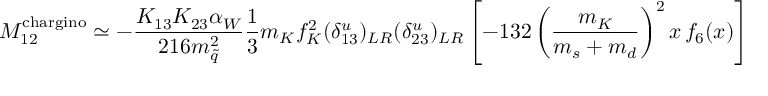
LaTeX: M _ { 1 2 } ^ { \mathrm { c h a r g i n o } } \simeq - \frac { K _ { 1 3 } K _ { 2 3 } \alpha _ { W } } { 2 1 6 m _ { \tilde { q } } ^ { 2 } } \frac { 1 } { 3 } m _ { K } f _ { K } ^ { 2 } ( \delta _ { 1 3 } ^ { u } ) _ { L R } ( \delta _ { 2 3 } ^ { u } ) _ { L R } \left[ - 1 3 2 \left( \frac { m _ { K } } { m _ { s } + m _ { d } } \right) ^ { 2 } x \, f _ { 6 } ( x ) \right] ,